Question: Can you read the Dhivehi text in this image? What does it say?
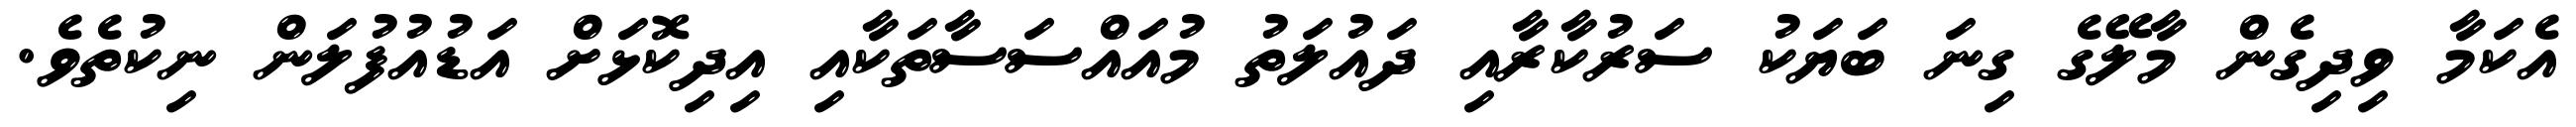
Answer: އެކަމާ ވިދިގެން މާލޭގެ ގިނަ ބަޔަކު ސަރުކާރާއި ދައުލަތު މުއައްސަސާތަކާއި އިދިކޮޅަށް އަޑުއުފުލަން ނިކުތެވެ.